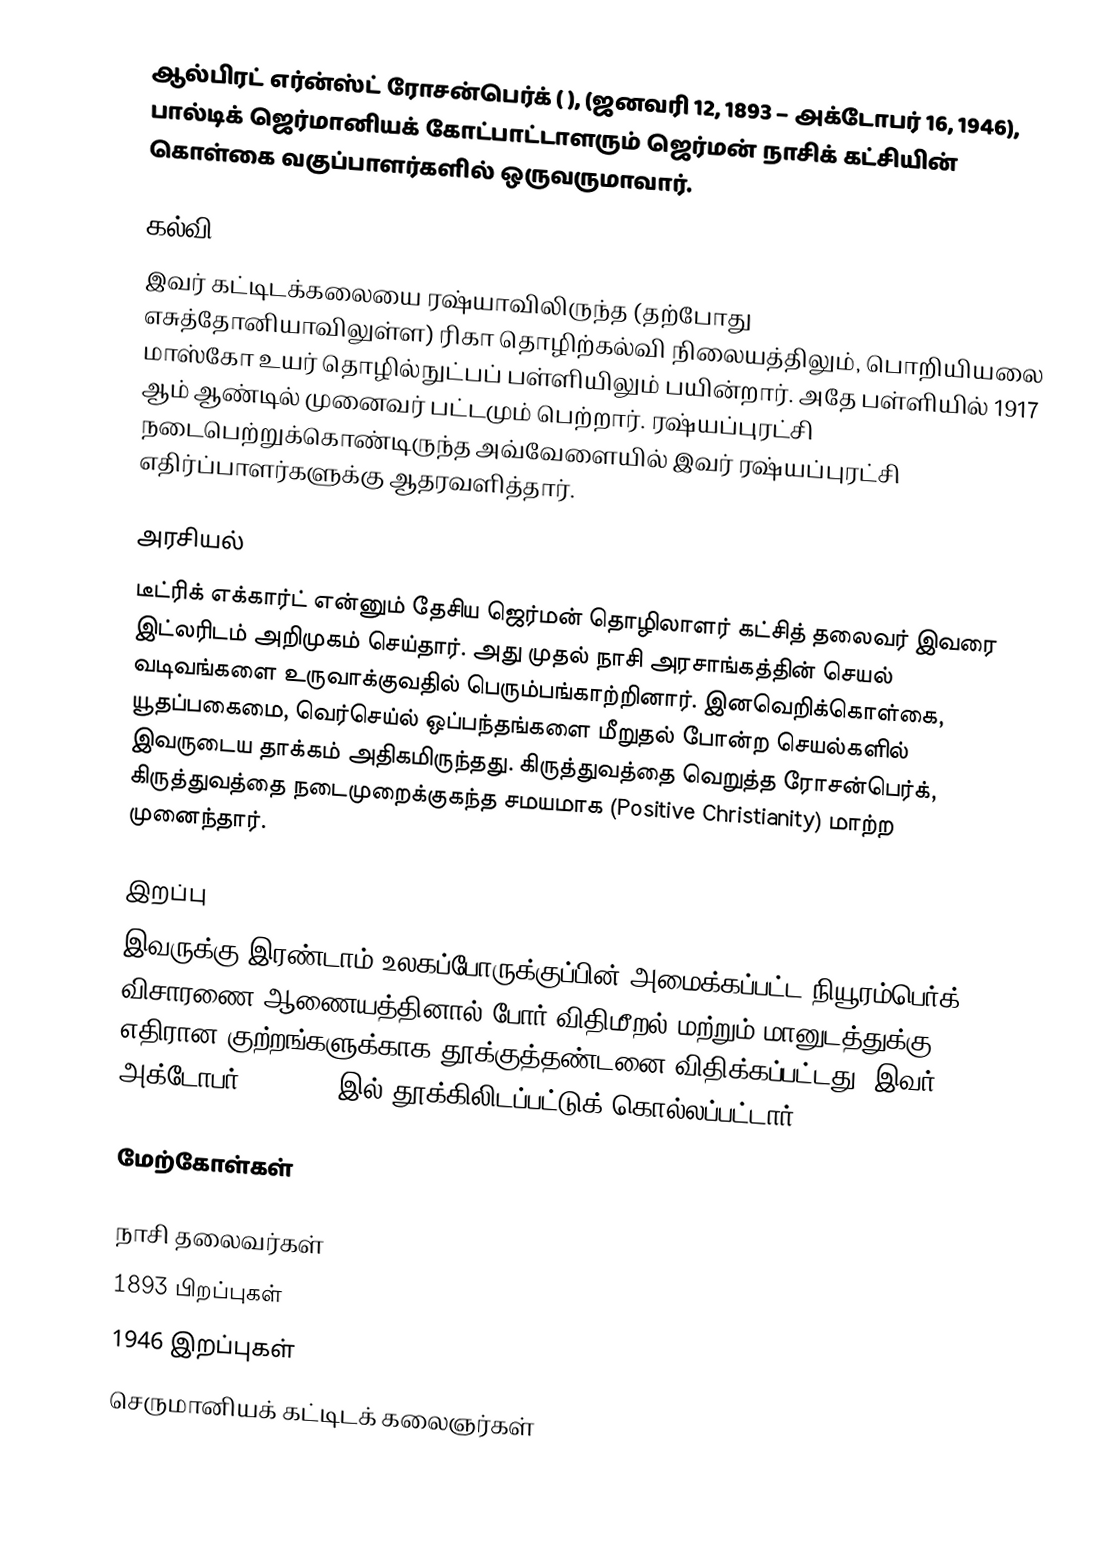
ஆல்பிரட் எர்ன்ஸ்ட் ரோசன்பெர்க் ( ), (ஜனவரி 12, 1893 – அக்டோபர் 16, 1946), பால்டிக் ஜெர்மானியக் கோட்பாட்டாளரும் ஜெர்மன் நாசிக் கட்சியின் கொள்கை வகுப்பாளர்களில் ஒருவருமாவார்.

கல்வி
இவர் கட்டிடக்கலையை ரஷ்யாவிலிருந்த (தற்போது எசுத்தோனியாவிலுள்ள) ரிகா தொழிற்கல்வி நிலையத்திலும், பொறியியலை மாஸ்கோ உயர் தொழில்நுட்பப் பள்ளியிலும் பயின்றார். அதே பள்ளியில் 1917 ஆம் ஆண்டில் முனைவர் பட்டமும் பெற்றார். ரஷ்யப்புரட்சி நடைபெற்றுக்கொண்டிருந்த அவ்வேளையில் இவர் ரஷ்யப்புரட்சி எதிர்ப்பாளர்களுக்கு ஆதரவளித்தார்.

அரசியல்
டீட்ரிக் எக்கார்ட் என்னும் தேசிய ஜெர்மன் தொழிலாளர் கட்சித் தலைவர் இவரை இட்லரிடம் அறிமுகம் செய்தார். அது முதல் நாசி அரசாங்கத்தின் செயல் வடிவங்களை உருவாக்குவதில் பெரும்பங்காற்றினார். இனவெறிக்கொள்கை, யூதப்பகைமை, வெர்செய்ல் ஒப்பந்தங்களை மீறுதல் போன்ற செயல்களில் இவருடைய தாக்கம் அதிகமிருந்தது. கிருத்துவத்தை வெறுத்த ரோசன்பெர்க், கிருத்துவத்தை நடைமுறைக்குகந்த சமயமாக (Positive Christianity) மாற்ற முனைந்தார்.

இறப்பு
இவருக்கு இரண்டாம் உலகப்போருக்குப்பின் அமைக்கப்பட்ட நியூரம்பெர்க் விசாரணை ஆணையத்தினால் போர் விதிமீறல் மற்றும் மானுடத்துக்கு எதிரான குற்றங்களுக்காக தூக்குத்தண்டனை விதிக்கப்பட்டது. இவர் அக்டோபர் 16, 1946 இல் தூக்கிலிடப்பட்டுக் கொல்லப்பட்டார்.

மேற்கோள்கள்

நாசி தலைவர்கள்
1893 பிறப்புகள்
1946 இறப்புகள்
செருமானியக் கட்டிடக் கலைஞர்கள்